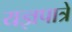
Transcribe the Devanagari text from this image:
यज्ञपात्रे